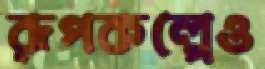
রূপকল্পেও